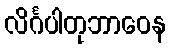
လိင်္ဂပါတုဘာဝေန